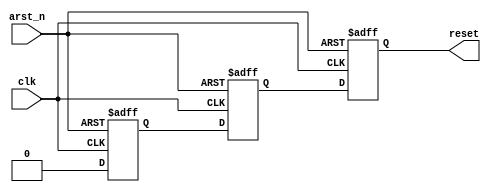
`default_nettype none
module reset_sync (
	clk,
	arst_n,
	reset
);
	reg _sv2v_0;
	input wire clk;
	input wire arst_n;
	output reg reset;
	(* ASYNC_REG = "true" *) reg r0 = 1;
	(* ASYNC_REG = "true" *) reg r1 = 1;
	(* ASYNC_REG = "true" *) reg r2 = 1;
	always @(posedge clk or negedge arst_n)
		if (!arst_n) begin
			r0 <= 1;
			r1 <= 1;
			r2 <= 1;
		end
		else begin
			r0 <= 0;
			r1 <= r0;
			r2 <= r1;
		end
	always @(*) begin
		if (_sv2v_0)
			;
		reset = r2;
	end
	initial _sv2v_0 = 0;
endmodule
`default_nettype wire